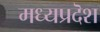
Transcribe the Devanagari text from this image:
मध्यप्रदॆश